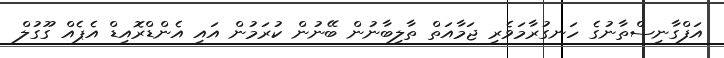
އަފްގާނިސްތާނުގެ ހަނގުރާމަވެރި ޖަމާއަތް ތާލިބާނުން ބޭނުން ކުރަމުން އައި އެންޑްރޮއިޑް އެޕެއް ގޫގުލް